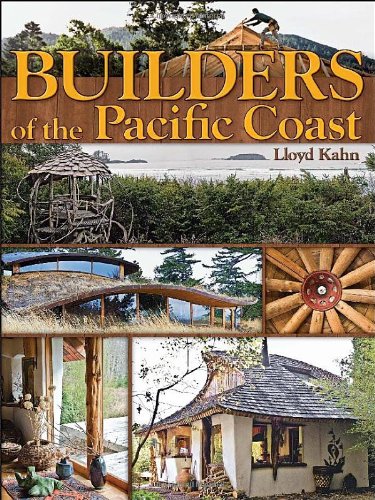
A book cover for Builders of the Pacific Coast; Lloyd Kahn; Arts & Photography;